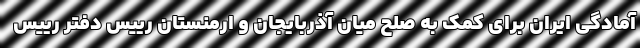
آمادگی ایران برای کمک به صلح میان آذربایجان و ارمنستان رییس دفتر رییس